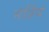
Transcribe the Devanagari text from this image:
मंत्रियं